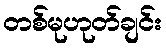
တစ်မုဟုတ်ချင်း